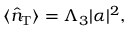
\begin{array} { r } { \langle \hat { n } _ { \mathrm { { T } } } \rangle = \Lambda _ { 3 } | \alpha | ^ { 2 } , } \end{array}